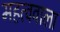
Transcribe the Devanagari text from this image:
महत्ववाला